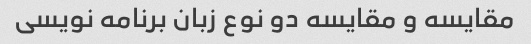
مقایسه و مقایسه دو نوع زبان برنامه نویسی